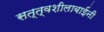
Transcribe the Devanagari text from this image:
सत्त्वशीलाबाईंनी